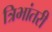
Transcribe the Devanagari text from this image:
त्रिभांतरी